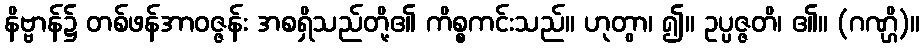
နိဗ္ဗာန်၌ တစ်ဖန်အာဝဇ္ဇန်း အစရှိသည်တို့၏ ကိစ္စကင်းသည်။ ဟုတွာ၊ ၍။ ဥပ္ပဇ္ဇတိ၊ ၏။ (ဂဏ္ဌိ)။